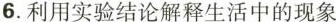
6.利用实验结论解释生活中的现象